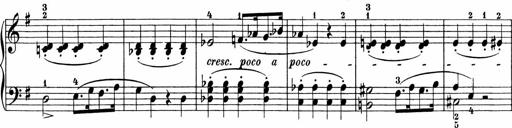
Title: Sonatinen Op.47, 98 und 136, nebst 6 Liedersonatinen
Composer: Carl Reinecke